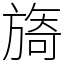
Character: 旖